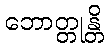
ဘောတ္တုန္တိ